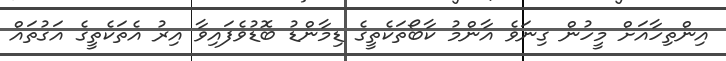
އިންތިހާއަށް މީހުން ގިނަވެ އާންމު ކާބޯތަކެތީގެ ޑިމާންޑު ބޮޑުވެފައިވާ އިރު އެތަކެތީގެ އަގުތައް